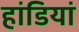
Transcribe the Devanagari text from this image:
हांडियां